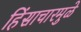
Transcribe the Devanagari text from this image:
हिंसाचारमुळे